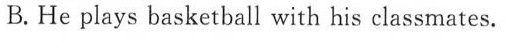
B.He plays basketball with his classmates.